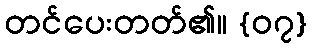
တင်ပေးတတ်၏။ {၀၇}